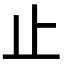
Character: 止